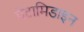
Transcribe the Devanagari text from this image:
पेंटामिडाइन